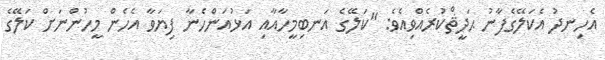
އެހިނދު އެކަލޭގެފާނު ޙަދީޘްކުރެއްވިއެވެ: "ކަލޭގެ އަނބިމީހާއާއި އަޅުއަންހެނާ ފިޔަވާ އެހެން މީހުންނަށް ކަލޭގެ